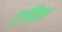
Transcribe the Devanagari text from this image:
एपिल